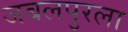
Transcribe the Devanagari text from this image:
जबलपुरला